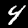
Label: 4